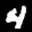
Digit: 4